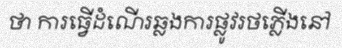
ថា ការធ្វើដំណើរឆ្លងការផ្លូវរថភ្លើងនៅ